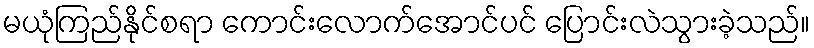
မယုံကြည်နိုင်စရာ ကောင်းလောက်အောင်ပင် ပြောင်းလဲသွားခဲ့သည်။